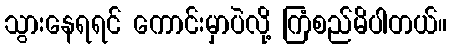
သွားနေရရင် ကောင်းမှာပဲလို့ ကြံစည်မိပါတယ်။